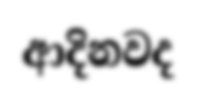
ආදිනවද